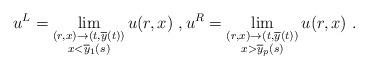
LaTeX: \begin{align*}u^{L}=\lim_{\substack{(r,x)\to(t,\overline{y}(t))\\x<\overline{y}_{1}(s)}} u(r,x)\ ,u^{R}=\lim_{\substack{(r,x)\to(t,\overline{y}(t))\\x>\overline{y}_{p}(s)}} u(r,x) \ .\end{align*}